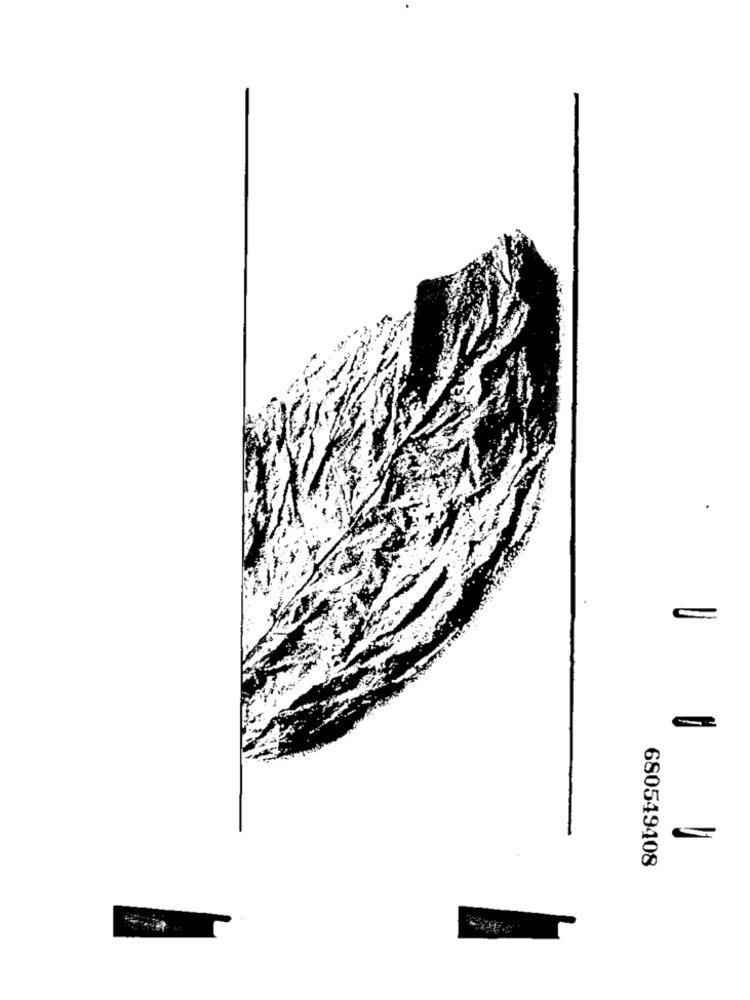
680549408